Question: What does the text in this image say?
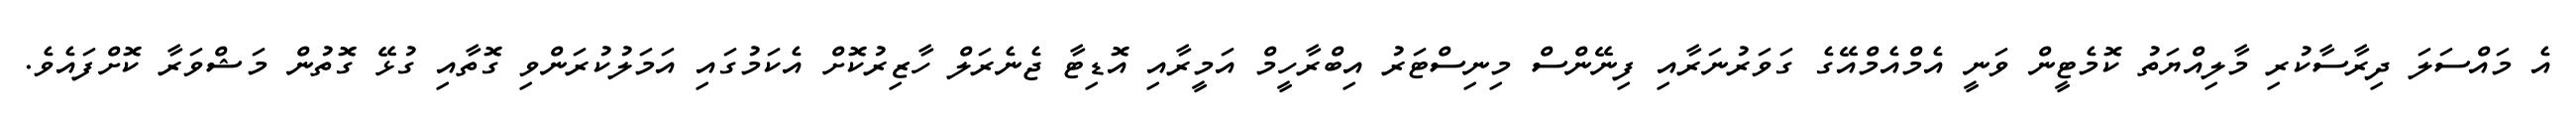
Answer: އެ މައްސަލަ ދިރާސާކުރި މާލިއްޔަތު ކޮމެޓީން ވަނީ އެމްއެމްއޭގެ ގަވަރުނަރާއި ފިނޭންސް މިނިސްޓަރު އިބްރާހީމް އަމީރާއި އޮޑިޓާ ޖެނެރަލް ހާޒިރުކޮށް އެކަމުގައި އަމަލުކުރަންވި ގޮތާއި ގުޅޭ ގޮތުން މަޝްވަރާ ކޮށްފައެވެ.